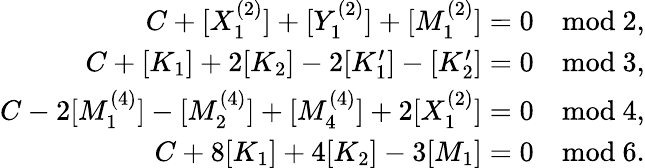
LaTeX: \begin{array}{r}{C+[X_{1}^{(2)}]+[Y_{1}^{(2)}]+[M_{1}^{(2)}]=0\quad\mathrm{mod~2},}\\ {C+[K_{1}]+2[K_{2}]-2[K_{1}^{\prime}]-[K_{2}^{\prime}]=0\quad\mathrm{mod~3},}\\ {C-2[M_{1}^{(4)}]-[M_{2}^{(4)}]+[M_{4}^{(4)}]+2[X_{1}^{(2)}]=0\quad\mathrm{mod~4},}\\ {C+8[K_{1}]+4[K_{2}]-3[M_{1}]=0\quad\mathrm{mod~6}.}\end{array}